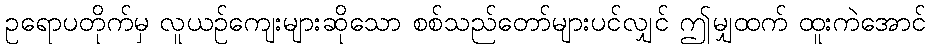
ဥရောပတိုက်မှ လူယဉ်ကျေးများဆိုသော စစ်သည်တော်များပင်လျှင် ဤမျှထက် ထူးကဲအောင်